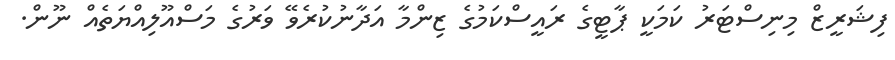
ފިޝަރީޒް މިނިސްޓަރު ކަމަކީ ޕާޓީގެ ރައީސްކަމުގެ ޒިންމާ އަދާނުކުރެވޭ ވަރުގެ މަސްއޫލިއްޔަތެއް ނޫން.